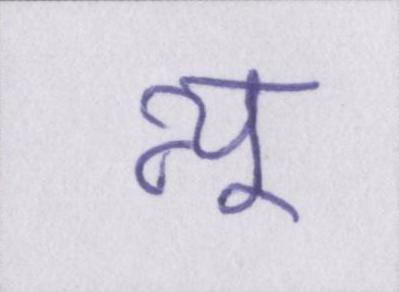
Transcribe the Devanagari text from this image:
न्यू